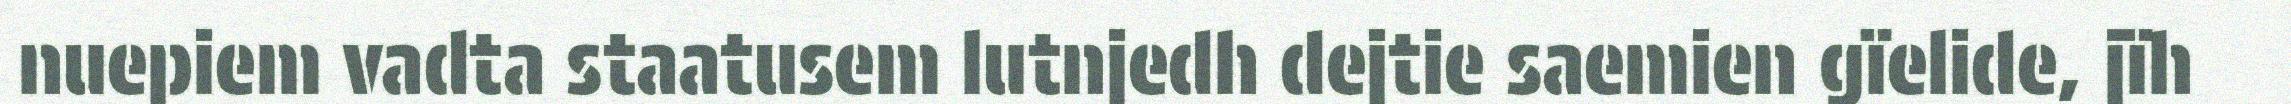
nuepiem vadta staatusem lutnjedh dejtie saemien gïelide, jïh